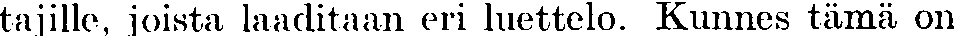
tajille, joista laaditaan eri luettelo. Kunnes tämä on